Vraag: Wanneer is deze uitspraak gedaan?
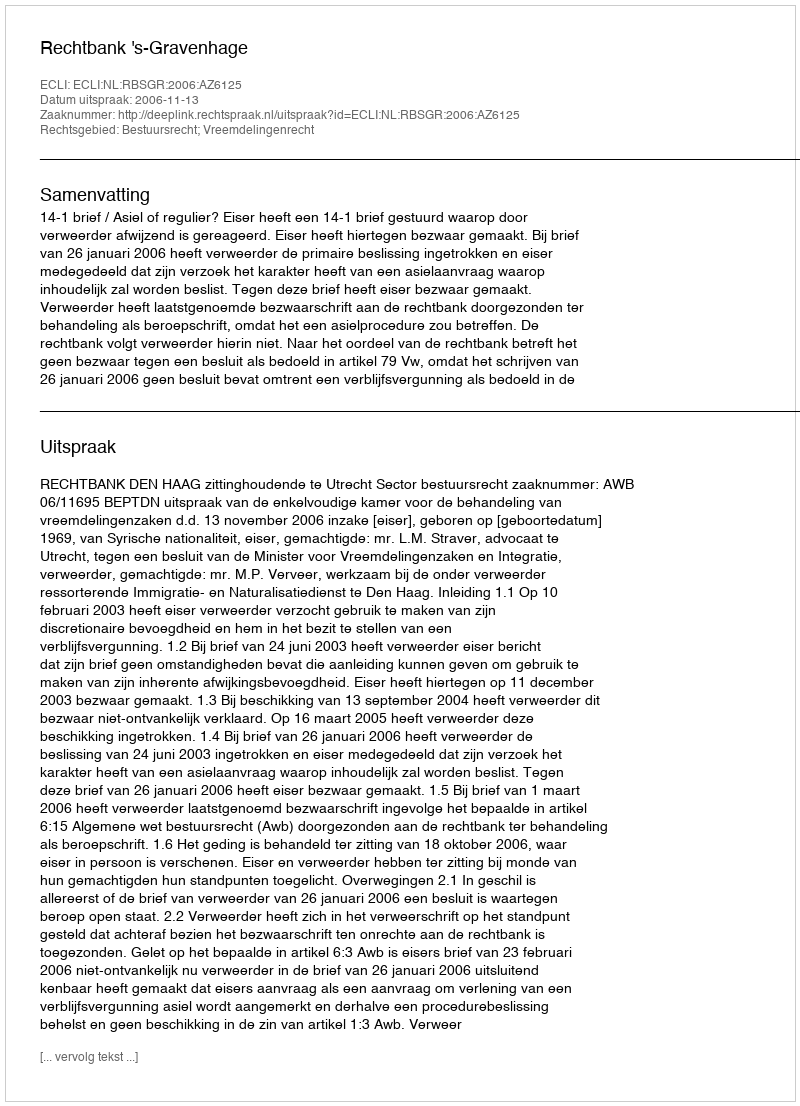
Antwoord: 2006-11-13